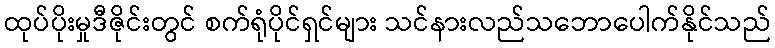
ထုပ်ပိုးမှုဒီဇိုင်းတွင် စက်ရုံပိုင်ရှင်များ သင်နားလည်သဘောပေါက်နိုင်သည်